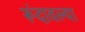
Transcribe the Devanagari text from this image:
रूंदावल्या